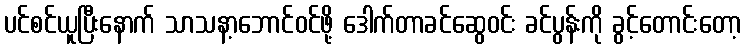
ပင်စင်ယူပြီးနောက် သာသနာ့ဘောင်ဝင်ဖို့ ဒေါက်တာခင်ဆွေဝင်း ခင်ပွန်းကို ခွင့်တောင်းတော့